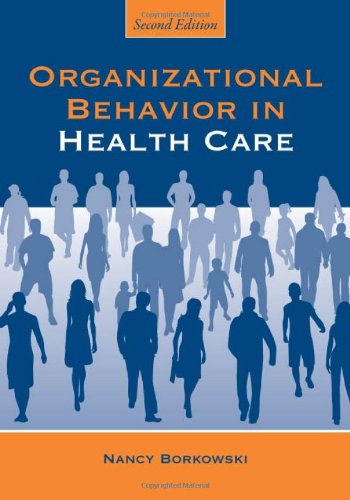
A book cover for Organizational Behavior in Health Care, Second Edition; Nancy Borkowski; Medical Books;